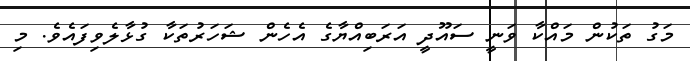
މަގު ތަކުން މައްކާ ވަނީ ސައޫދީ އަރަބިއްޔާގެ އެހެން ޝަހަރުތަކާ ގުޅާލެވިފައެވެ. މި